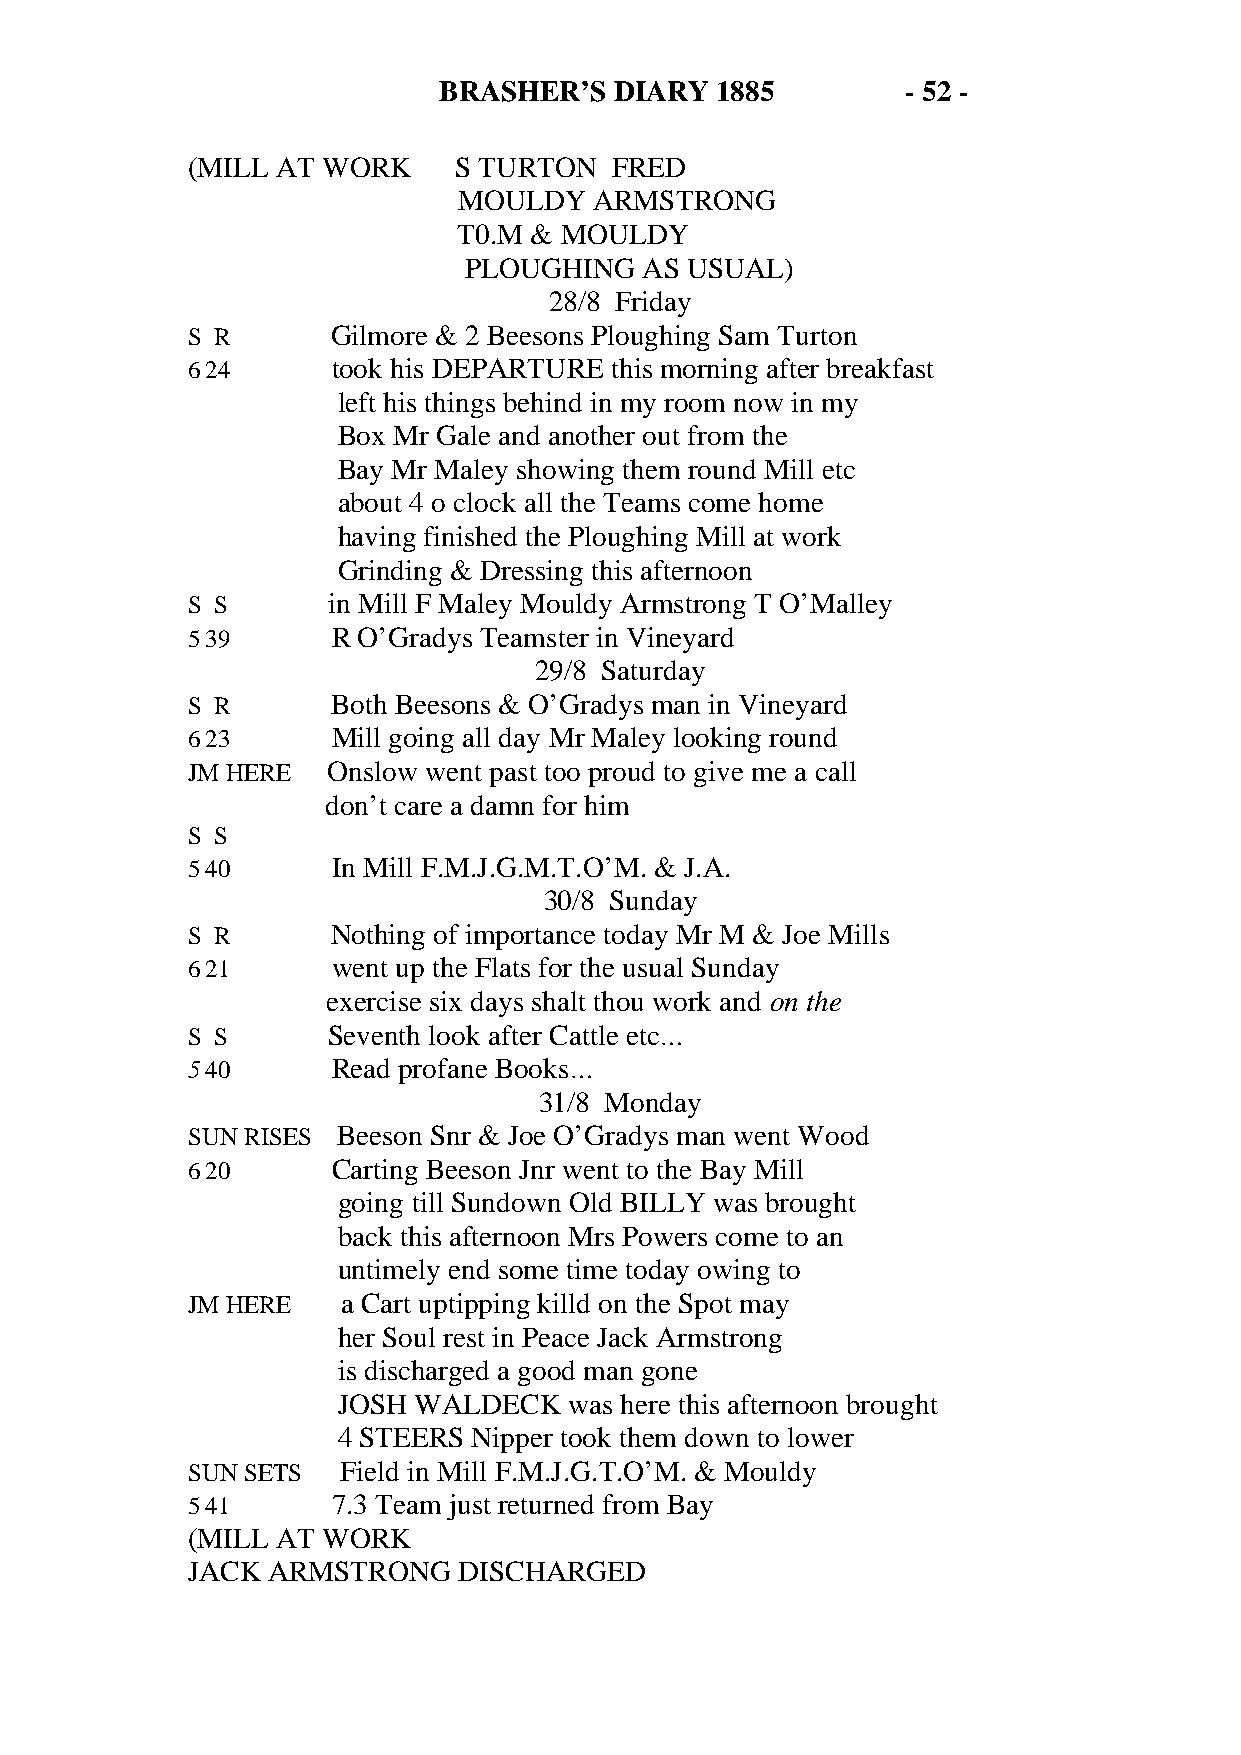
BRASHER’S   DIARY 1885         - 52 -
 (MILL AT WORK     S TURTON  FRED
 MOULDY   ARMSTRONG
 T0.M & MOULDY
 PLOUGHING   AS USUAL)
 28/8 Friday
 S R       Gilmore & 2 Beesons Ploughing Sam Turton
 6 24      took his DEPARTURE this morning after breakfast
 left his things behind in my room now in my
 Box Mr Gale and another out from the
 Bay Mr Maley showing them round Mill etc
 about 4 o clock all the Teams come home
 having finished the Ploughing Mill at work
 Grinding & Dressing this afternoon
 S S       in Mill F Maley Mouldy Armstrong T O’Malley
 5 39      R O’Gradys Teamster in Vineyard
 29/8 Saturday
 S R       Both Beesons & O’Gradys man in Vineyard
 6 23      Mill going all day Mr Maley looking round
 JM HERE   Onslow went past too proud to give me a call
 don’t care a damn for him
 S S
 5 40      In Mill F.M.J.G.M.T.O’M. & J.A.
 30/8 Sunday
 S R       Nothing of importance today Mr M & Joe Mills
 6 21      went up the Flats for the usual Sunday
 exercise six days shalt thou work and on the
 S S       Seventh look after Cattle etc…
 5 40      Read profane Books…
 31/8 Monday
 SUN RISES Beeson Snr & Joe O’Gradys man went Wood
 6 20      Carting Beeson Jnr went to the Bay Mill
 going till Sundown Old BILLY was brought
 back this afternoon Mrs Powers come to an
 untimely end some time today owing to
 JM HERE    a Cart uptipping killd on the Spot may
 her Soul rest in Peace Jack Armstrong
 is discharged a good man gone
 JOSH WALDECK    was here this afternoon brought
 4 STEERS Nipper took them down to lower
 SUN SETS  Field in Mill F.M.J.G.T.O’M. & Mouldy
 5 41      7.3 Team just returned from Bay
 (MILL AT WORK
 JACK  ARMSTRONG   DISCHARGED